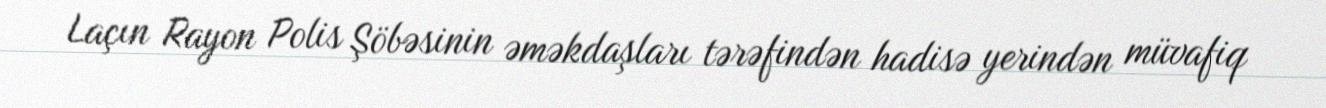
Laçın Rayon Polis Şöbəsinin əməkdaşları tərəfindən hadisə yerindən müvafiq